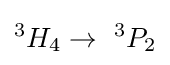
^{3}H_{4}\rightarrow \ ^{3}P_{2}